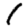
Digit: 1